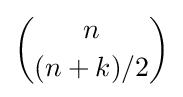
{\textstyle n \choose (n+k)/2}